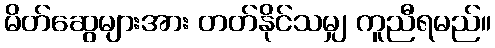
မိတ်ဆွေများအား တတ်နိုင်သမျှ ကူညီရမည်။